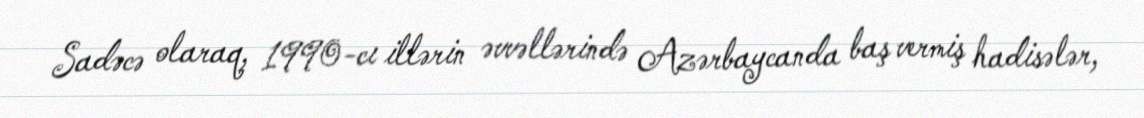
Sadəcə olaraq, 1990-cı illərin əvvəllərində Azərbaycanda baş vermiş hadisələr,